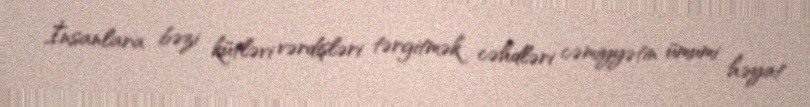
İnsanlara bəzi kütləvi vərdişləri tərgitmək cəhdləri cəmiyyətin ümumi həyat